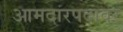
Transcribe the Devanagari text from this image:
आमदारपदावर